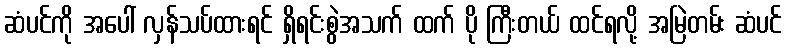
ဆံပင်ကို အပေါ် လှန်သပ်ထားရင် ရှိရင်းစွဲအသက် ထက် ပို ကြီးတယ် ထင်ရလို့ အမြဲတမ်း ဆံပင်